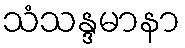
သံသန္ဒမာနာ